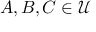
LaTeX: A , B , C \in { \mathcal { U } }